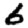
Digit: 6